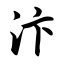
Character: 汴